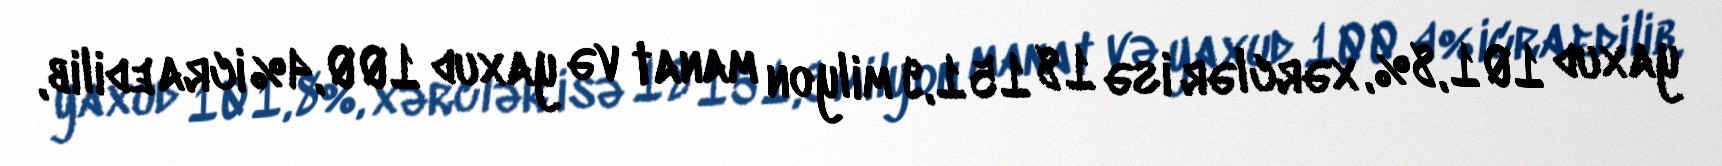
yaxud 101,8%, xərclər isə 18 151,9 milyon manat və yaxud 100,4% icra edilib,